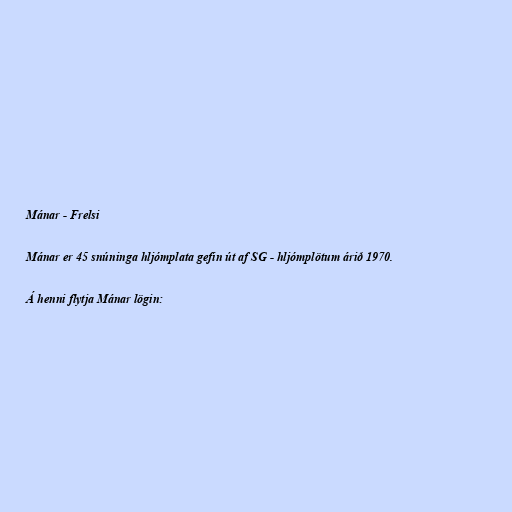
Mánar - Frelsi

Mánar er 45 snúninga hljómplata gefin út af SG - hljómplötum árið 1970.

Á henni flytja Mánar lögin: